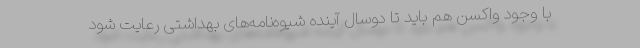
با وجود واکسن هم باید تا دوسال آینده شیوه‌نامه‌های بهداشتی رعایت شود